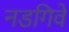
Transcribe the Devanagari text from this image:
नडगिवे